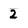
Character: 2